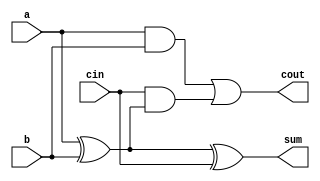
module FullAdder (
    input wire a,       // First input bit
    input wire b,       // Second input bit
    input wire cin,     // Carry input
    output wire sum,    // Sum output
    output wire cout     // Carry output
);
    assign sum = a ^ b ^ cin; // Sum is XOR of inputs and carry
    assign cout = (a & b) | (cin & (a ^ b)); // Carry is generated if two or more inputs are high
endmodule